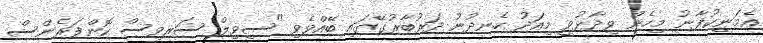
އެމަނިކުފާނު މިހެން ވިދާޅުވީ މިއަދު ހެނދުނު ދަރުބާރުގޭގައި ބޭއްވެވި "ސިވިލް ސަރވިސް ކޮންފަރެންސް